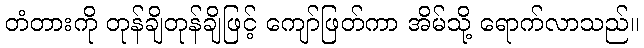
တံတားကို တုန်ချိတုန်ချိဖြင့် ကျော်ဖြတ်ကာ အိမ်သို့ ရောက်လာသည်။